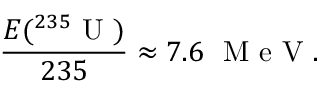
\frac { E ( ^ { 2 3 5 } \mathrm { ~ U ~ } ) } { 2 3 5 } \approx 7 . 6 ~ \mathrm { ~ M ~ e ~ V ~ } .